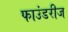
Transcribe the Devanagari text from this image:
फाउंडरीज